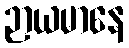
ဉာယမာနေ